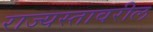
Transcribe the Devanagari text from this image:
राज्यस्तावरील